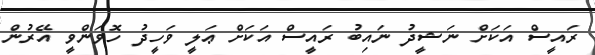
ރައީސް އަކަށް ނަޝީދު ނައިބު ރައީސް އަކަށް ޢަލީ ވަހީދު ހޮވަންވީ އޭރުން